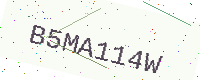
Text: B5MA114W